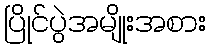
ပြိုင်ပွဲအမျိုးအစား